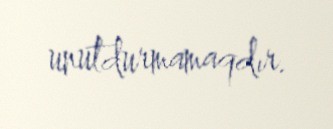
unutdurmamaqdır.